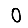
Digit: 0